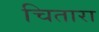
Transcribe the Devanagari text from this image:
चितारा